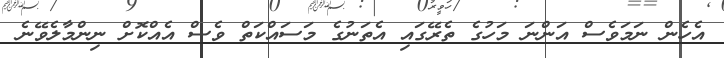
އެހެން ނަމަވެސް އަންނަ މަހުގެ ތެރޭގައި އެތަނުގެ މަސައްކަތް ވެސް އެއްކޮށް ނިންމާލެވޭނެ